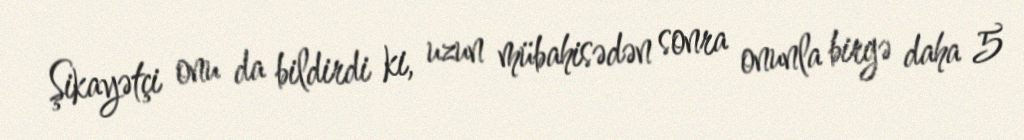
Şikayətçi onu da bildirdi ki, uzun mübahisədən sonra onunla birgə daha 5